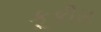
કૂકીસ